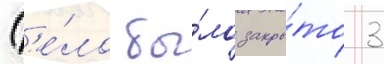
Д'е́ло бы́ло закры́то 3